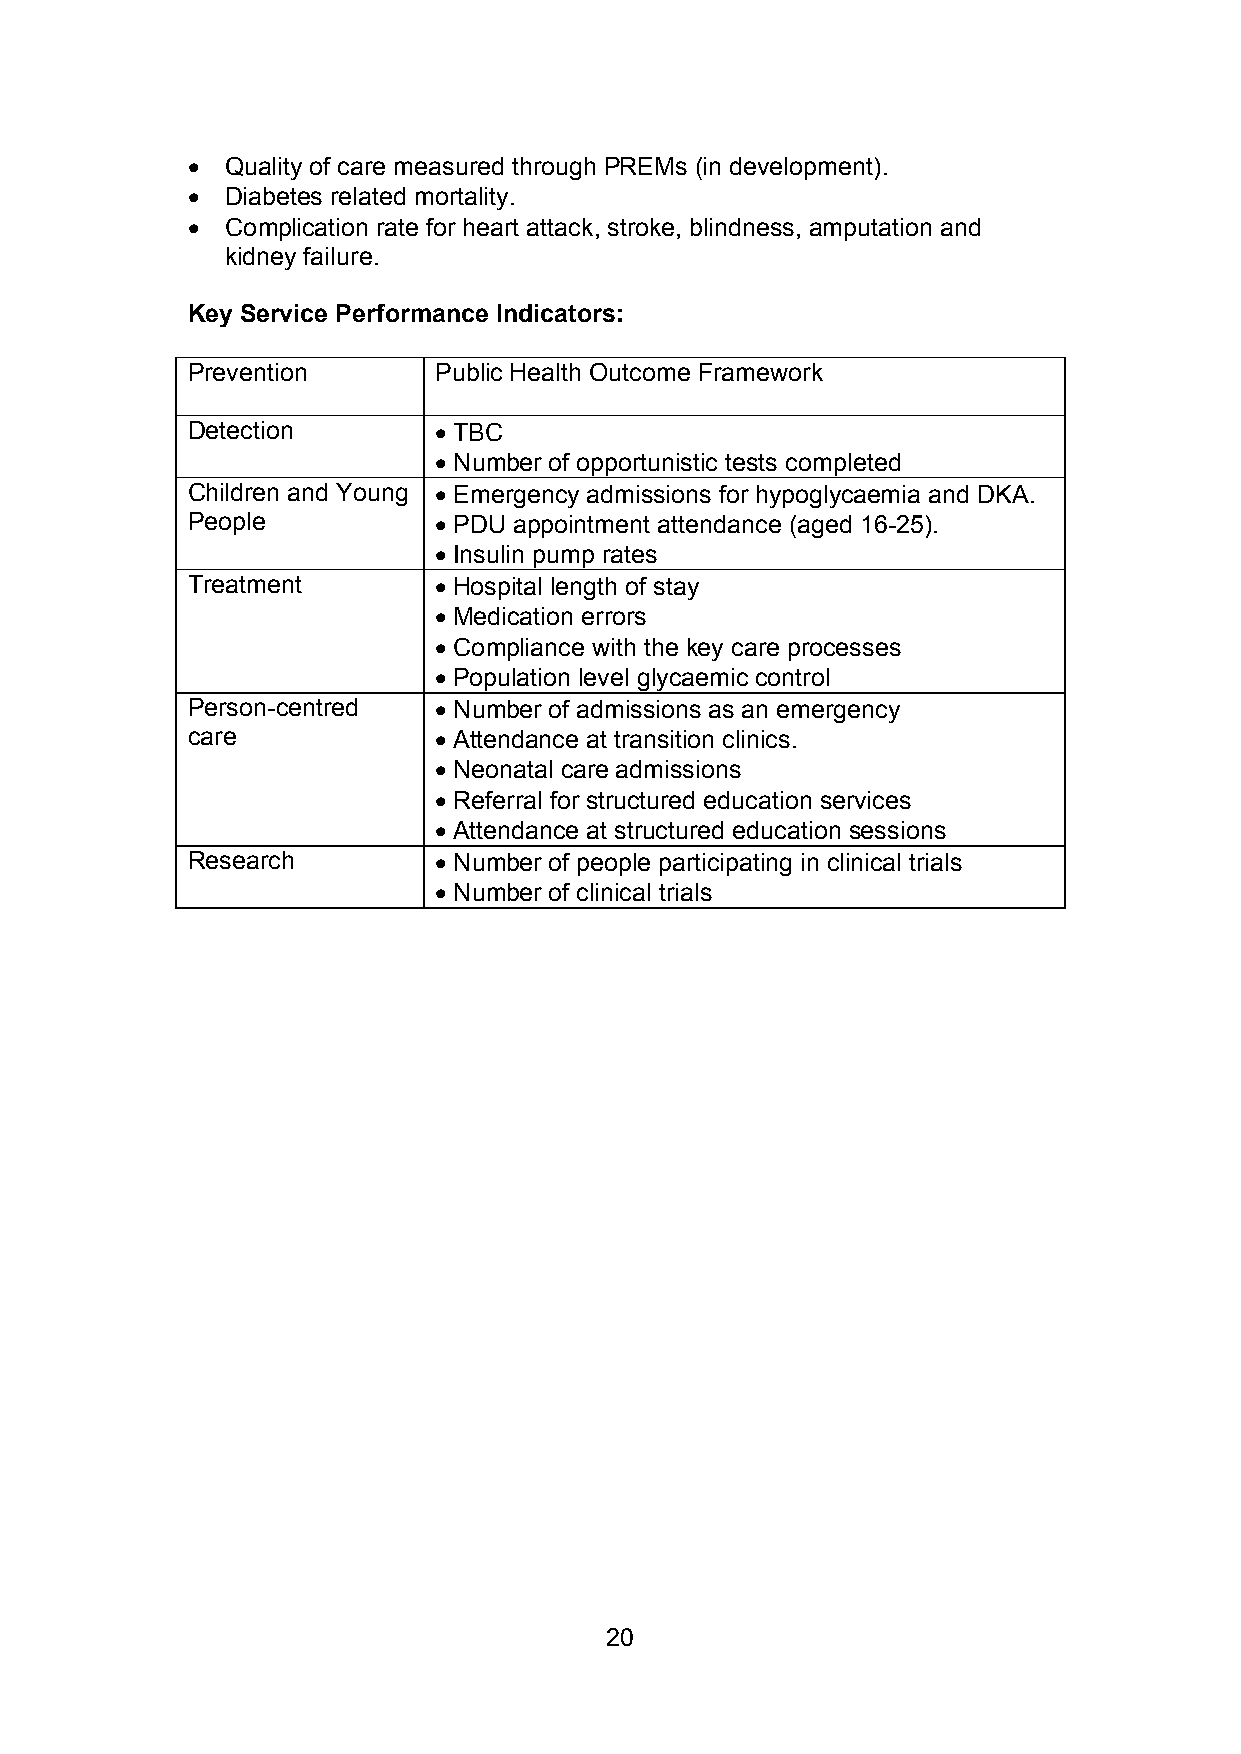
  Quality of care measured through PREMs (in development).
   Diabetes related mortality.
   Complication rate for heart attack, stroke, blindness, amputation and
 kidney failure.
 Key Service Performance Indicators:
 Prevention       Public Health Outcome Framework
 Detection         TBC
  Number of opportunistic tests completed
 Children and Young  Emergency admissions for hypoglycaemia and DKA.
 People            PDU appointment attendance (aged 16-25).
  Insulin pump rates
 Treatment         Hospital length of stay
  Medication errors
  Compliance with the key care processes
  Population level glycaemic control
 Person-centred    Number of admissions as an emergency
 care              Attendance at transition clinics.
  Neonatal care admissions
  Referral for structured education services
  Attendance at structured education sessions
 Research          Number of people participating in clinical trials
  Number of clinical trials
 20